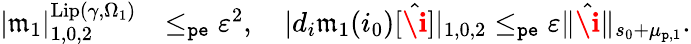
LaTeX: \begin{array}{rl}{|\mathfrak{m}_{1}|_{1,0,2}^{\mathrm{Lip}(\gamma,\Omega_{1})}}&{\le_{\mathtt{pe}}\varepsilon^{2},\quad|d_{i}\mathfrak{m}_{1}(i_{0})[\hat{\textbf{\i}}]|_{1,0,2}\le_{\mathtt{pe}}\varepsilon\rVert\hat{\textbf{\i}}\rVert_{s_{0}+\mu_{\mathtt{p},1}}.}\end{array}